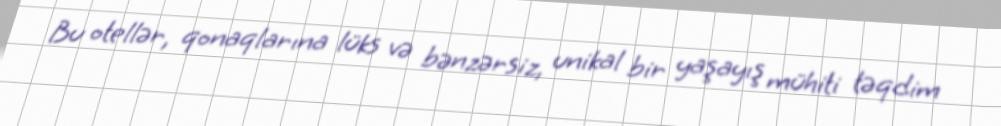
Bu otellər, qonaqlarına lüks və bənzərsiz, unikal bir yaşayış mühiti təqdim